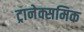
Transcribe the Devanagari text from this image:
ट्रानेक्समिक